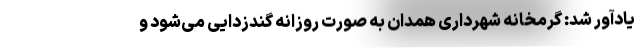
یادآور شد: گرمخانه شهرداری همدان به صورت روزانه گندزدایی می‌شود و